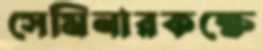
সেমিনারকক্ষে